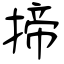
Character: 揥